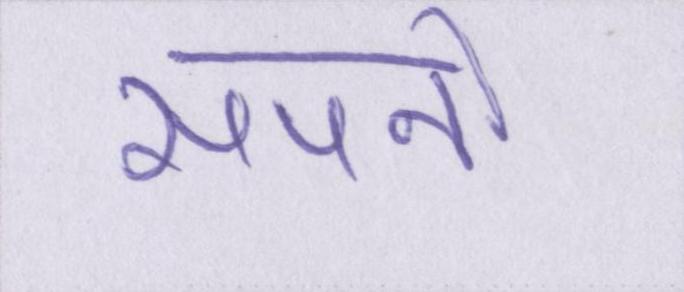
सपनो